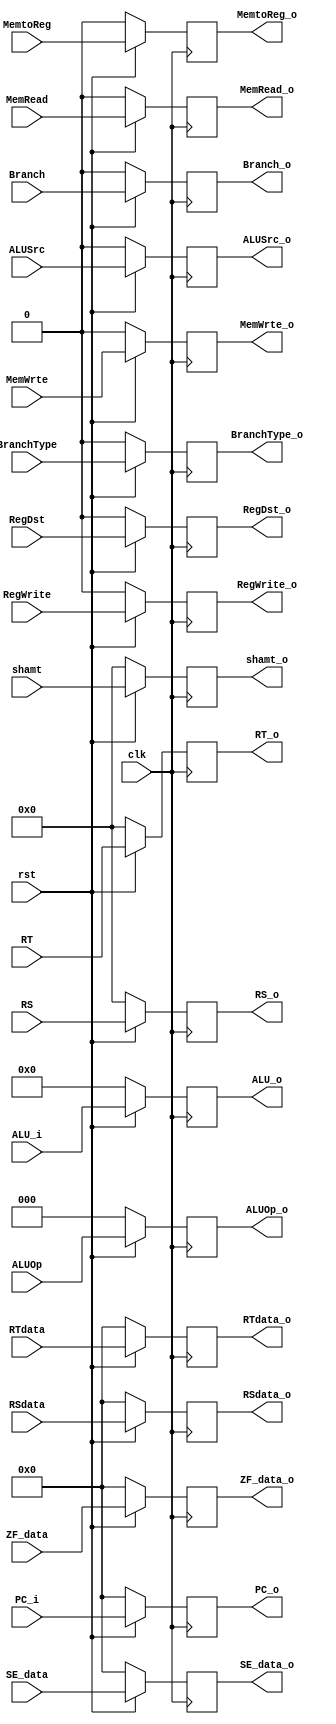
module IDtoEX(clk, rst, ALU_i, shamt, ZF_data, RegWrite, MemtoReg, Branch, BranchType, MemRead, MemWrte, ALUSrc, ALUOp, RegDst, PC_i, RSdata, RTdata, SE_data, RS, RT, ALU_o, shamt_o, ZF_data_o, RegWrite_o, MemtoReg_o, Branch_o, BranchType_o, MemRead_o, MemWrte_o, ALUSrc_o, ALUOp_o, RegDst_o, PC_o, RSdata_o, RTdata_o, SE_data_o, RS_o, RT_o);

input clk;
input rst;
input RegWrite;
input MemtoReg;
input [32-1:0]PC_i;
input [32-1:0]RSdata;
input [32-1:0]RTdata;
input [32-1:0]SE_data;
input [32-1:0]ZF_data;
input [6-1:0]ALU_i;
input [5-1:0]shamt;
input [5-1:0]RS;
input [5-1:0]RT;


input Branch;
input BranchType;
input MemRead;
input MemWrte;
input ALUSrc;
input [3-1:0]ALUOp;
input RegDst;


output reg RegWrite_o;
output reg MemtoReg_o;
output reg MemRead_o;
output reg MemWrte_o;
output reg ALUSrc_o;
output reg [3-1:0]ALUOp_o;
output reg RegDst_o;
output reg [32-1:0]PC_o;
output reg [32-1:0]RSdata_o;
output reg [32-1:0]RTdata_o;
output reg [32-1:0]SE_data_o;
output reg [32-1:0]ZF_data_o;

output reg Branch_o;
output reg BranchType_o;
output reg [6-1:0]ALU_o;
output reg [5-1:0]shamt_o;
output reg [5-1:0]RS_o;
output reg [5-1:0]RT_o;

always @(posedge clk) begin
	if(rst == 0) begin
		RegWrite_o <= 0;
		MemtoReg_o <= 0;
		Branch_o <= 0;
		BranchType_o <= 0;
		MemRead_o <= 0;
		MemWrte_o <= 0;
		ALUSrc_o <= 0;
		ALUOp_o <= 0;
		RegDst_o <= 0;
		ALU_o <= 0;
		shamt_o <= 0;
		PC_o <= 0;
		RSdata_o <= 0;
		RTdata_o <= 0;
		SE_data_o <= 0;
		ZF_data_o <= 0;
		RS_o <= 0;
		RT_o <= 0;
	end
	else begin
		RegWrite_o <= RegWrite;
		MemtoReg_o <= MemtoReg;
		Branch_o <= Branch;
		BranchType_o <= BranchType;
		MemRead_o <= MemRead;
		MemWrte_o <= MemWrte;
		ALUSrc_o <= ALUSrc;
		ALUOp_o <= ALUOp;
		RegDst_o <= RegDst;
		PC_o <= PC_i;
		RSdata_o <= RSdata;
		RTdata_o <= RTdata;
		SE_data_o <= SE_data;
		ZF_data_o <= ZF_data;
		ALU_o <= ALU_i;
		shamt_o <= shamt;
		RS_o <= RS;
		RT_o <= RT;
	end
end

endmodule